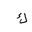
Letter: _kaf